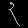
Digit: ၃